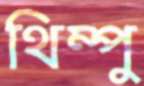
থিম্পু